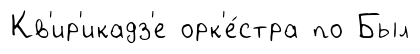
Кв'ир'икадз'е орк'е́стра по Был